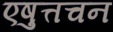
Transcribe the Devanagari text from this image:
एषुत्तचन